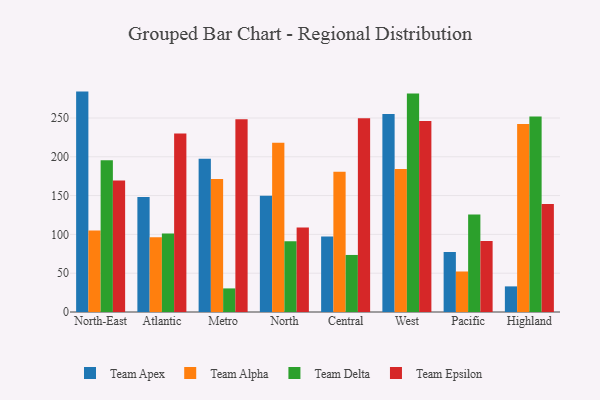
{"axis": {"x": "Region", "y": "Temperature (°C)"}, "legend": ["Team Alpha", "Team Apex", "Team Delta", "Team Epsilon"], "data": [{"x": "North-East", "y": 284.0, "type": "Team Apex"}, {"x": "North-East", "y": 105.1, "type": "Team Alpha"}, {"x": "North-East", "y": 195.5, "type": "Team Delta"}, {"x": "North-East", "y": 169.3, "type": "Team Epsilon"}, {"x": "Atlantic", "y": 148.1, "type": "Team Apex"}, {"x": "Atlantic", "y": 96.3, "type": "Team Alpha"}, {"x": "Atlantic", "y": 101.1, "type": "Team Delta"}, {"x": "Atlantic", "y": 230.1, "type": "Team Epsilon"}, {"x": "Metro", "y": 197.4, "type": "Team Apex"}, {"x": "Metro", "y": 171.5, "type": "Team Alpha"}, {"x": "Metro", "y": 30.4, "type": "Team Delta"}, {"x": "Metro", "y": 248.3, "type": "Team Epsilon"}, {"x": "North", "y": 149.8, "type": "Team Apex"}, {"x": "North", "y": 218.2, "type": "Team Alpha"}, {"x": "North", "y": 91.1, "type": "Team Delta"}, {"x": "North", "y": 109.0, "type": "Team Epsilon"}, {"x": "Central", "y": 97.3, "type": "Team Apex"}, {"x": "Central", "y": 180.7, "type": "Team Alpha"}, {"x": "Central", "y": 73.5, "type": "Team Delta"}, {"x": "Central", "y": 249.5, "type": "Team Epsilon"}, {"x": "West", "y": 255.1, "type": "Team Apex"}, {"x": "West", "y": 184.2, "type": "Team Alpha"}, {"x": "West", "y": 281.5, "type": "Team Delta"}, {"x": "West", "y": 246.0, "type": "Team Epsilon"}, {"x": "Pacific", "y": 77.3, "type": "Team Apex"}, {"x": "Pacific", "y": 52.2, "type": "Team Alpha"}, {"x": "Pacific", "y": 125.7, "type": "Team Delta"}, {"x": "Pacific", "y": 91.4, "type": "Team Epsilon"}, {"x": "Highland", "y": 33.0, "type": "Team Apex"}, {"x": "Highland", "y": 242.4, "type": "Team Alpha"}, {"x": "Highland", "y": 252.0, "type": "Team Delta"}, {"x": "Highland", "y": 139.2, "type": "Team Epsilon"}]}